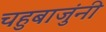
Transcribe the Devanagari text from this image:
चहुबाजुंनी